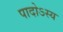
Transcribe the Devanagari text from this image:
पादोऽस्य